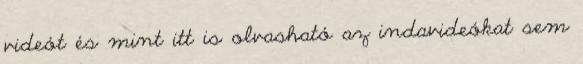
videót és mint itt is olvasható az indavideókat sem